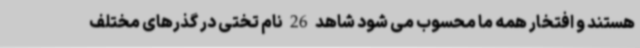
هستند و افتخار همه ما محسوب می شود شاهد 26 نام تختی در گذرهای مختلف